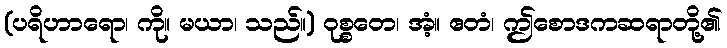
(ပရိဟာရော၊ ကို။ မယာ၊ သည်။) ဝုစ္စတေ၊ အံ့။ ဧတံ၊ ဤစောဒကဆရာတို့၏